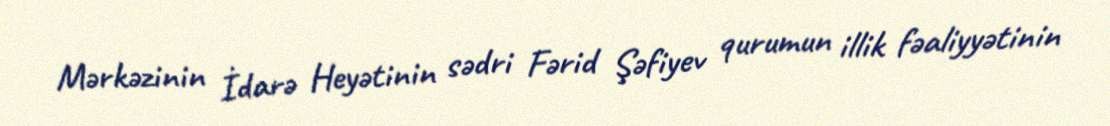
Mərkəzinin İdarə Heyətinin sədri Fərid Şəfiyev qurumun illik fəaliyyətinin